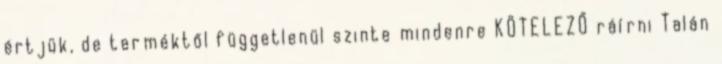
értjük, de terméktől függetlenül szinte mindenre KÖTELEZŐ ráírni Talán